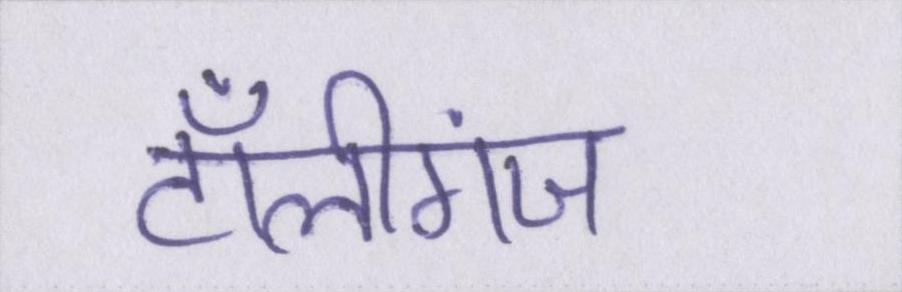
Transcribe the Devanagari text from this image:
टॉलीगंज